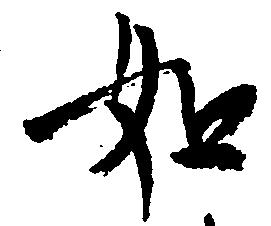
如